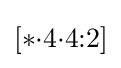
[*{\cdot }4{\cdot }4{:}2]